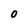
Character: O